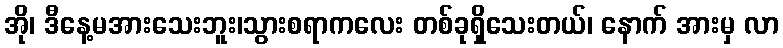
အို၊ ဒီနေ့မအားသေးဘူး၊သွားစရာကလေး တစ်ခုရှိသေးတယ်၊ နောက် အားမှ လာ